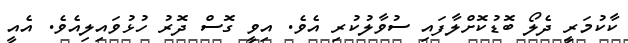
ކާކުމަރީ ދެލޯ ބޮޑުކޮށްލާފައި ސުވާލުކުރި އެވެ. އިވީ ގޮސް ދޮރު ހުޅުވައިލިއެވެ. އެއީ